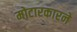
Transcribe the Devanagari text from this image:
मोटारकारने